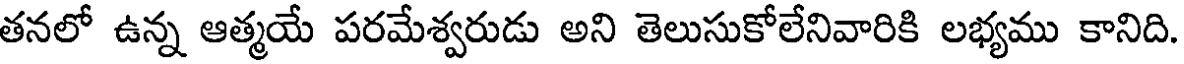
తనలో ఉన్న ఆత్మయే పరమేశ్వరుడు అని తెలుసుకోలేనివారికి లభ్యము కానిది